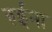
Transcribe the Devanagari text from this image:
रुईना